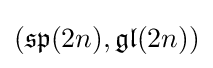
({\mathfrak {sp}}(2n),{\mathfrak {gl}}(2n))